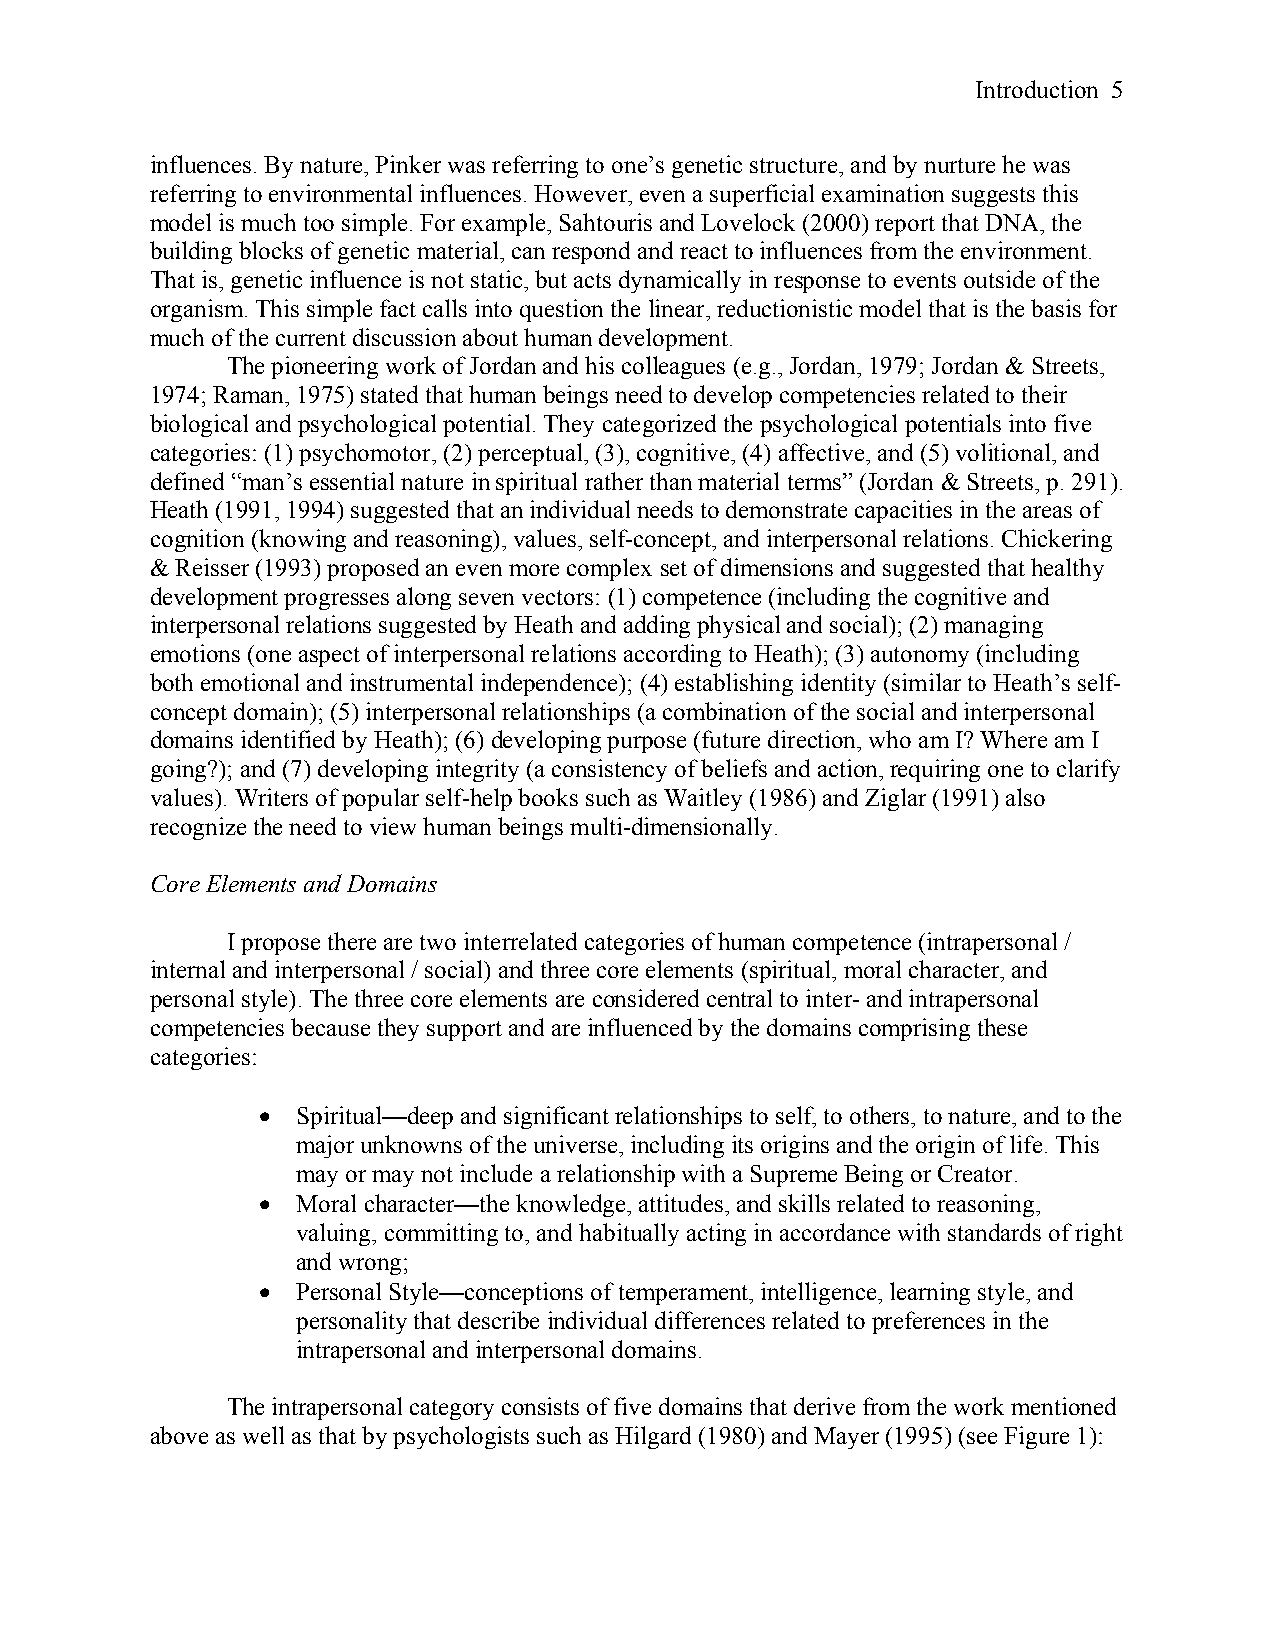
Introduction 5
 influences. By nature, Pinker was referring to one’s genetic structure, and by nurture he was
 referring to environmental influences. However, even a superficial examination suggests this
 model is much too simple. For example, Sahtouris and Lovelock (2000) report that DNA, the
 building blocks of genetic material, can respond and react to influences from the environment.
 That is, genetic influence is not static, but acts dynamically in response to events outside of the
 organism. This simple fact calls into question the linear, reductionistic model that is the basis for
 much of the current discussion about human development.
 The pioneering work of Jordan and his colleagues (e.g., Jordan, 1979; Jordan & Streets,
 1974; Raman, 1975) stated that human beings need to develop competencies related to their
 biological and psychological potential. They categorized the psychological potentials into five
 categories: (1) psychomotor, (2) perceptual, (3), cognitive, (4) affective, and (5) volitional, and
 defined “man’s essential nature in spiritual rather than material terms” (Jordan & Streets, p. 291).
 Heath (1991, 1994) suggested that an individual needs to demonstrate capacities in the areas of
 cognition (knowing and reasoning), values, self-concept, and interpersonal relations. Chickering
 & Reisser (1993) proposed an even more complex set of dimensions and suggested that healthy
 development progresses along seven vectors: (1) competence (including the cognitive and
 interpersonal relations suggested by Heath and adding physical and social); (2) managing
 emotions (one aspect of interpersonal relations according to Heath); (3) autonomy (including
 both emotional and instrumental independence); (4) establishing identity (similar to Heath’s self-
 concept domain); (5) interpersonal relationships (a combination of the social and interpersonal
 domains identified by Heath); (6) developing purpose (future direction, who am I? Where am I
 going?); and (7) developing integrity (a consistency of beliefs and action, requiring one to clarify
 values). Writers of popular self-help books such as Waitley (1986) and Ziglar (1991) also
 recognize the need to view human beings multi-dimensionally.
 Core Elements and Domains
 I propose there are two interrelated categories of human competence (intrapersonal /
 internal and interpersonal / social) and three core elements (spiritual, moral character, and
 personal style). The three core elements are considered central to inter- and intrapersonal
 competencies because they support and are influenced by the domains comprising these
 categories:
 •  Spiritual—deep and significant relationships to self, to others, to nature, and to the
 major unknowns of the universe, including its origins and the origin of life. This
 may or may not include a relationship with a Supreme Being or Creator.
 •  Moral character—the knowledge, attitudes, and skills related to reasoning,
 valuing, committing to, and habitually acting in accordance with standards of right
 and wrong;
 •  Personal Style—conceptions of temperament, intelligence, learning style, and
 personality that describe individual differences related to preferences in the
 intrapersonal and interpersonal domains.
 The intrapersonal category consists of five domains that derive from the work mentioned
 above as well as that by psychologists such as Hilgard (1980) and Mayer (1995) (see Figure 1):